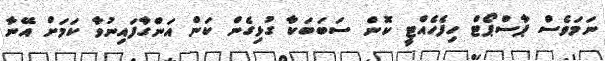
ނަމަވެސް ޕާސްޕޯޓް ހިފެހެއްޓީ ކޮން ސަބަބަކާ ގުޅިގެން ކަން އަންގާފައިނުވާ ކަމަށް އޭނާ